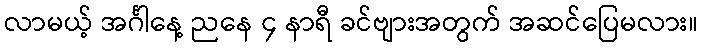
လာမယ့် အင်္ဂါနေ့ ညနေ ၄ နာရီ ခင်ဗျားအတွက် အဆင်ပြေမလား။